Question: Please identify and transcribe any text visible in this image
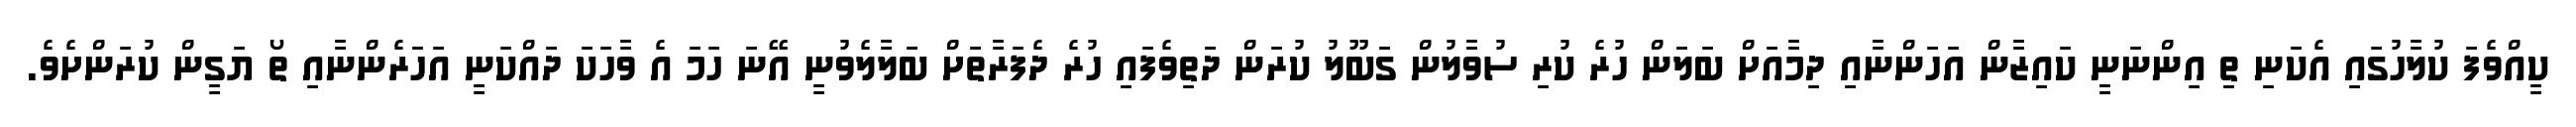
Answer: ކީއްވެފަ ކުލާހުގައި އެކަނި ތި އިންނަނީ ކައިޒާން އަހަންނާއި ދިމާއަށް ބަލަން ހުރެ ކުރި ސުވާލުން ގަބޫލު ކުރަން ދަތިވެފައި ހުރެ ދެފަރާތަށް ބަލާލެވުނީ އޭނަ ހަމަ އެ ވާހަކަ ދައްކަނީ އަހަރެންނާއި ތޯ ޔަގީން ކުރަންށެވެ.